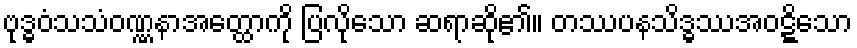
ဗုဒ္ဓဝံသသံဝဏ္ဏနာအတ္ထောကို ပြလိုသော ဆရာဆို၏။ တဿပနသိဒ္ဓဿအဝဋ္ဋိသော